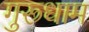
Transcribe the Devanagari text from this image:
गुरूधाम